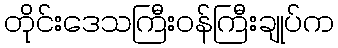
တိုင်းဒေသကြီးဝန်ကြီးချုပ်က